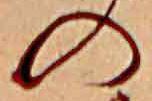
の